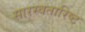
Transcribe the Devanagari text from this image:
सारस्वतारिष्ट